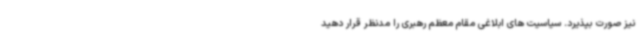
نیز صورت بپذیرد. سیاسیت های ابلاغی مقام معظم رهبری را مدنظر قرار دهید